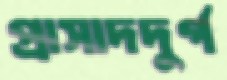
প্রাসাদদুর্গ